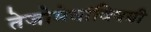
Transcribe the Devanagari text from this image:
तेजोमेघांविषयी